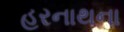
હરનાથના